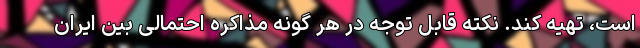
است، تهیه کند. نکته قابل توجه در هر گونه مذاکره احتمالی بین ایران